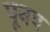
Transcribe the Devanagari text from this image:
पूनव